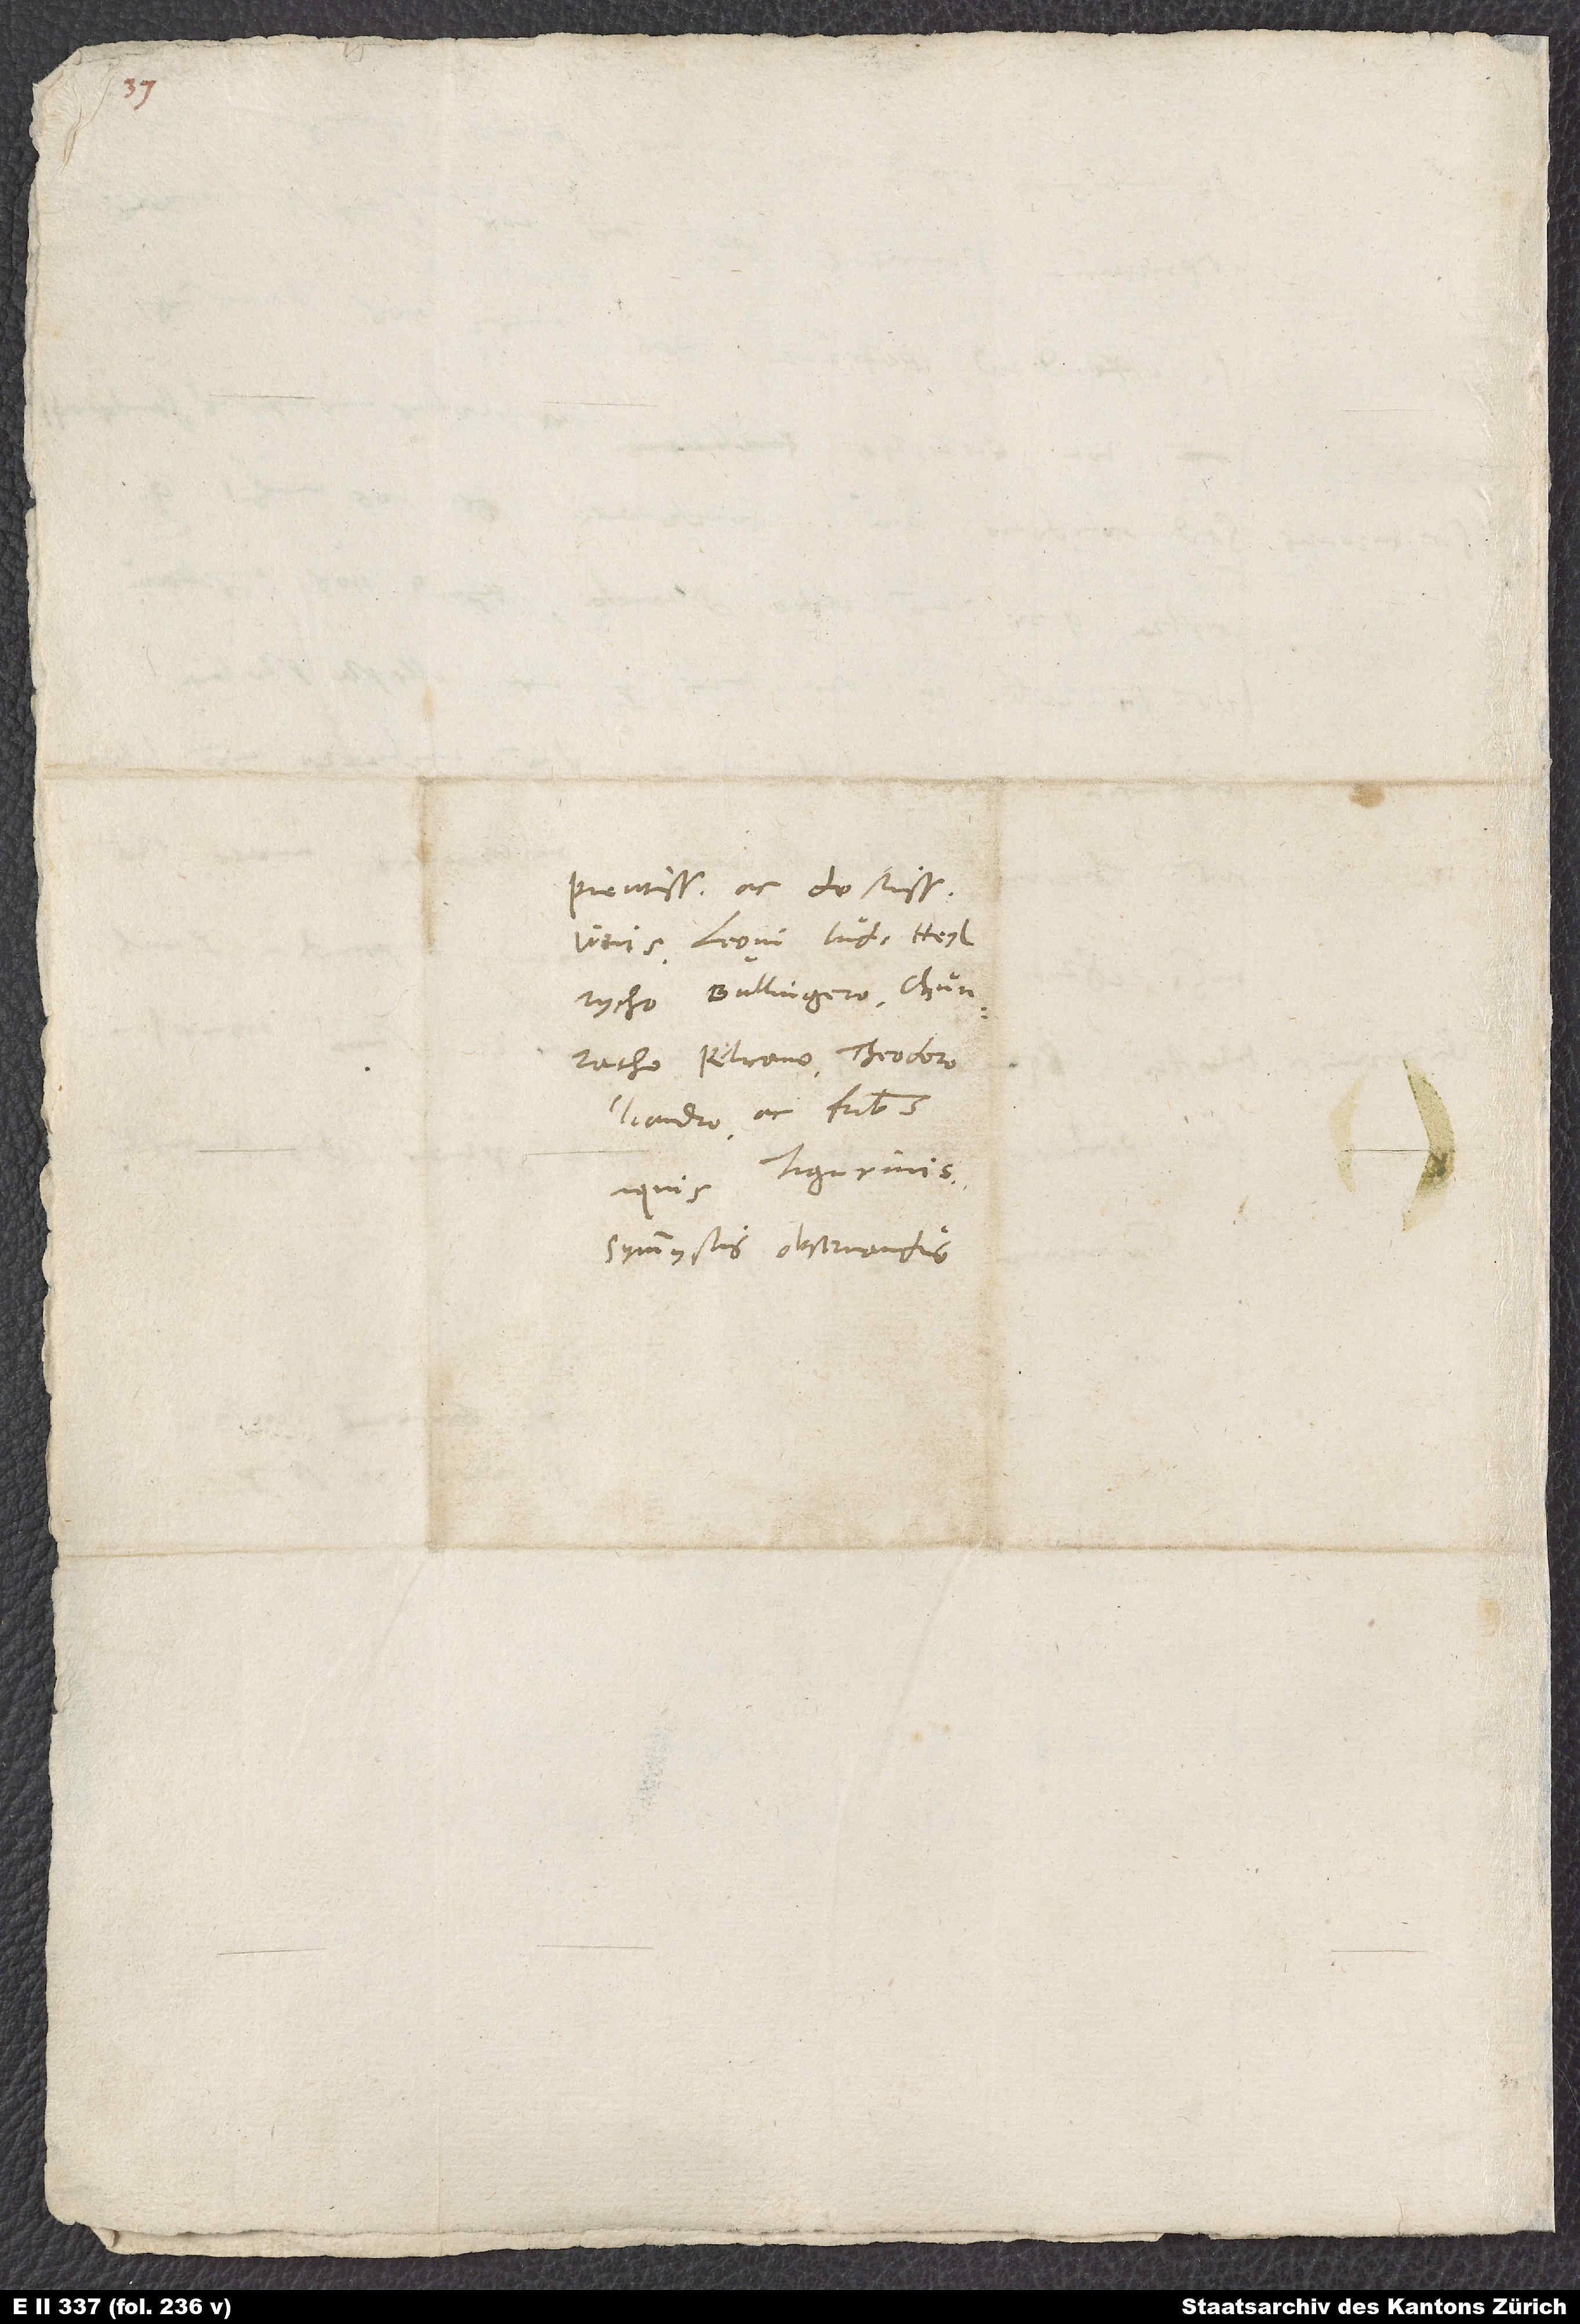
Pientissimis ac doctissimis
viris, Leoni Jud, Heylricho
Bullingero, Chunratho
Pelicano, Theodoro
Bibliandro ac fratribus
reliquis Tigurinis,
symmystis observandis.